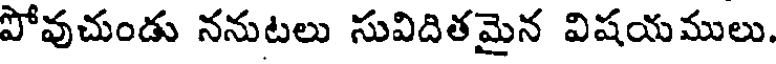
పోవుచుండు ననుటలు సువిదితమైన విషయములు.